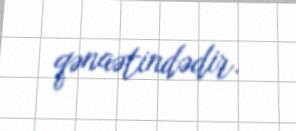
qənaətindədir.